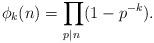
LaTeX: \begin{align*}\phi_k(n)=\prod_{p|n\;} (1-p^{-k}).\end{align*}